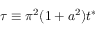
\tau \equiv \pi ^ { 2 } ( 1 + a ^ { 2 } ) t ^ { * }